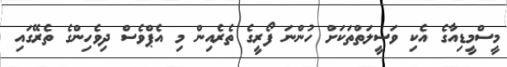
މީސްމީޑިއާގެ އެކި ވަސީލަތްތަކަށް ހުންނަ ފޯރީގެ ތެރެއިން މި އެޕްވެސް ދިވެހިންގެ ތެރޭގައި